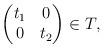
LaTeX: \begin{align*} \begin{pmatrix} t_1 & 0\\ 0 & t_2 \end{pmatrix} \in T, \end{align*}